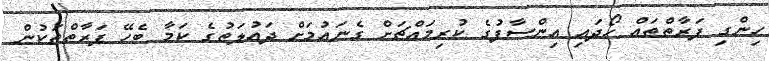
ހިންގި ފަރާތްތައް ހޯދައި އިންސާފުގެ ކުރިމައްޗަށް ގެނައުމަށް ދައުލަތުގެ ކަމާ ބެހޭ ފަރާތްތަކުން